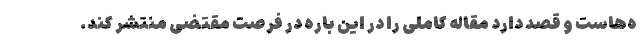
ه‌هاست و قصد دارد مقاله کاملی را در این باره در فرصت مقتضی منتشر کند.